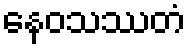
နေဝသဿတံ